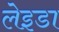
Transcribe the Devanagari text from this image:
लेइडा